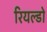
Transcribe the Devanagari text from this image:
रियल्डो